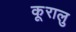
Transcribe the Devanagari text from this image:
कूरालु